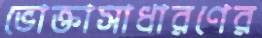
ভোক্তাসাধারণের